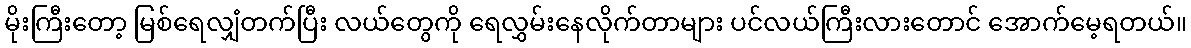
မိုးကြီးတော့ မြစ်ရေလျှံတက်ပြီး လယ်တွေကို ရေလွှမ်းနေလိုက်တာများ ပင်လယ်ကြီးလားတောင် အောက်မေ့ရတယ်။